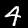
Label: 4